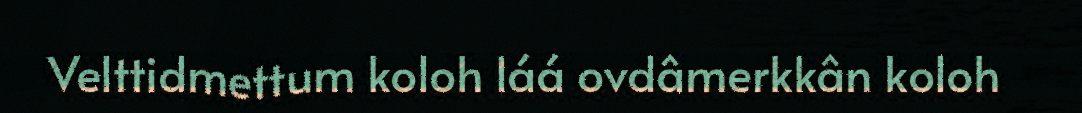
Velttidmettum koloh láá ovdâmerkkân koloh